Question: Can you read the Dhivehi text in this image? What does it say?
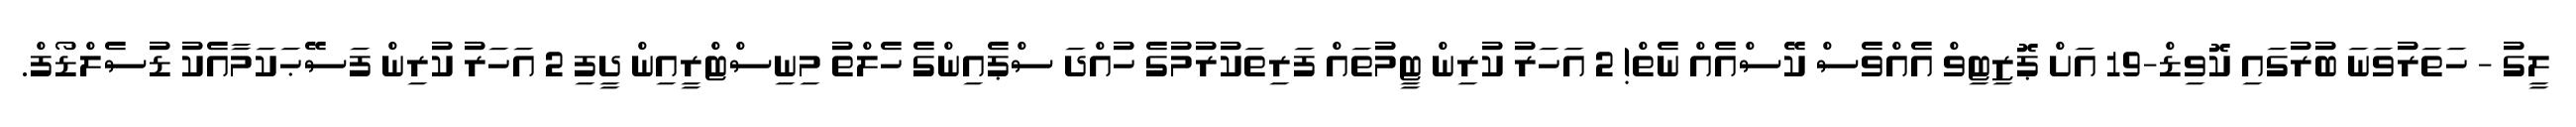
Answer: ލީގު - ހަތަރުވަނަ ބުރުގައި ކޮވިޑް-19 އަށް ޕޮޒިޓިވް އެއްވެސް ކޭސްއެއް ނެތް! 2 އަހަރު ކުރިން ޓީމުތައް ފަރިތަކުރުމުގެ ހުއްދަ ސްޕެއިންގެ ހެލްތު މިނިސްޓްރީއިން ދީފި 2 އަހަރު ކުރިން ފަސޭޙަކަމާއެކު ޑުސެލްޑޯފް.